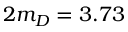
2 m _ { D } = 3 . 7 3